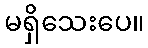
မရှိသေးပေ။